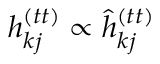
h _ { k j } ^ { ( t t ) } \propto \hat { h } _ { k j } ^ { ( t t ) }